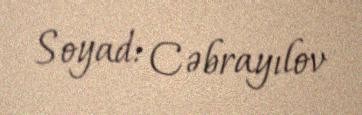
Soyad: Cəbrayılov